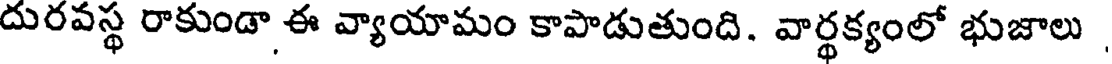
దురవస్థ రాకుండా ఈ వ్యాయామం కాపాడుతుంది. వార్థక్యంలో భుజాలు